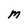
Character: M